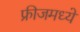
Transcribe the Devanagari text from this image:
फ्रीजमध्ये